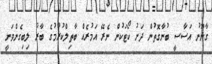
ގާނޫނު އަސާސީ ބުނާގޮތުން ދަށު ކޯޓަކުން ނެރޭ އަމުރެއް ބާތިލްކުރުމުގެ ބާރު ލިބިގެންވަނީ